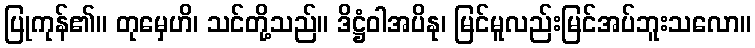
ပြုကုန်၏။ တုမှေဟိ၊ သင်တို့သည်။ ဒိဋ္ဌံဝါအပိနု၊ မြင်မူလည်းမြင်အပ်ဘူးသလော။